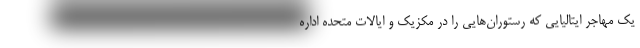
یک مهاجر ایتالیایی که رستوران‌هایی را در مکزیک و ایالات متحده اداره